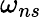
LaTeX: \omega_{ns}